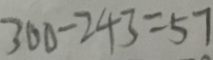
3 0 0 - 2 4 3 = 5 7